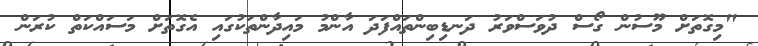
"މިގޮތަށް މޫސުން ގޯސް ދުވަސްވަރު ދަނޑިބިންތައްފަދަ އާންމު މައިދާންތަކުގައި އެގޮތަށް މަސައްކަތް ކުރަން